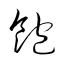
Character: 飽